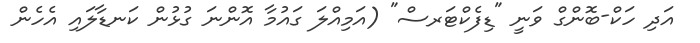
އަދި ހަކް-ބޮންގް ވަނީ "ޑިފެކްޓަރސް" (އަމިއްލަ ގައުމާ އޮންނަ ގުޅުން ކަނޑާލައި އެހެން